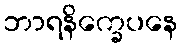
ဘာရနိက္ခေပနေ